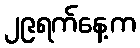
၂၉ရက်နေ့က